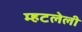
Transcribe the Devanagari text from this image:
म्हटलेली